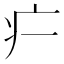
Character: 𬏚